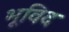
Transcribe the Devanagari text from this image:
भूविद